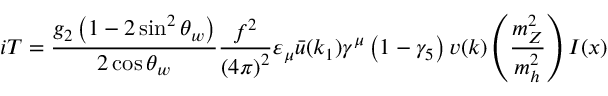
i T = \frac { g _ { 2 } \left( 1 - 2 \sin ^ { 2 } \theta _ { w } \right) } { 2 \cos \theta _ { w } } \frac { f ^ { 2 } } { \left( 4 \pi \right) ^ { 2 } } \varepsilon _ { \mu } \bar { u } ( k _ { 1 } ) \gamma ^ { \mu } \left( 1 - \gamma _ { 5 } \right) v ( k ) \left( \frac { m _ { Z } ^ { 2 } } { m _ { h } ^ { 2 } } \right) I ( x )